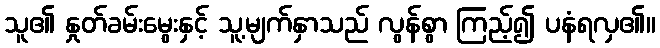
သူ၏ နှုတ်ခမ်းမွေးနှင့် သူ့မျက်နှာသည် လွန်စွာ ကြည့်၍ ပနံရလှ၏။